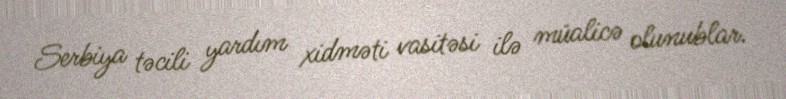
Serbiya təcili yardım xidməti vasitəsi ilə müalicə olunublar.